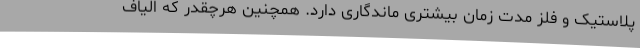
پلاستیک و فلز مدت زمان بیشتری ماندگاری دارد. همچنین هرچقدر که الیاف